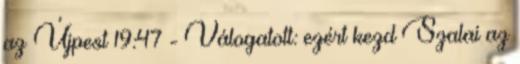
az Újpest 19:47 - Válogatott: ezért kezd Szalai az